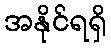
အနိုင်ရရှိ